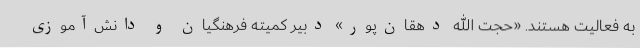
به فعالیت هستند. «حجت الله دهقان‌پور» دبیر کمیته فرهنگیان و دانش‌آموزی